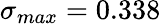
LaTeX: \sigma_{max}=0.338